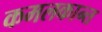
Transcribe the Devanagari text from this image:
कमलकान्‍त